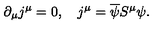
\partial _ { \mu } j ^ { \mu } = 0 , \quad j ^ { \mu } = \overline { \psi } S ^ { \mu } \psi .